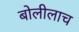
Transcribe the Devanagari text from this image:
बोलीलाच